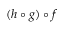
( h \circ g ) \circ f